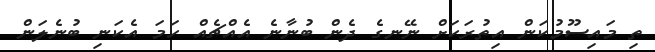
ތި މައިސޫމުކަން އިތުރަކަށް ނޭނގެ ދެން ބުނާނެ އެއްޗެއް ހަމަ އެކަނި ބުނެލަން